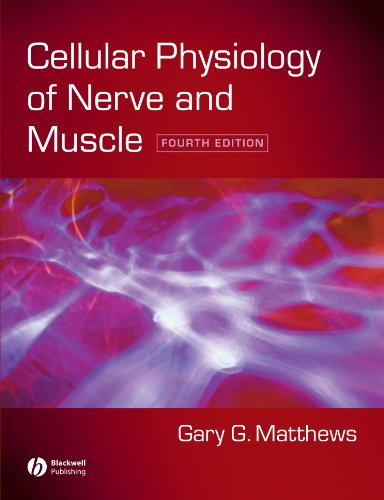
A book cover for Cellular Physiology of Nerve and Muscle; Gary G. Matthews; Medical Books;